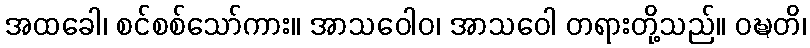
အထခေါ၊ စင်စစ်သော်ကား။ အာသဝေါဝ၊ အာသဝေါ တရားတို့သည်။ ဝဍ္ဎတိ၊